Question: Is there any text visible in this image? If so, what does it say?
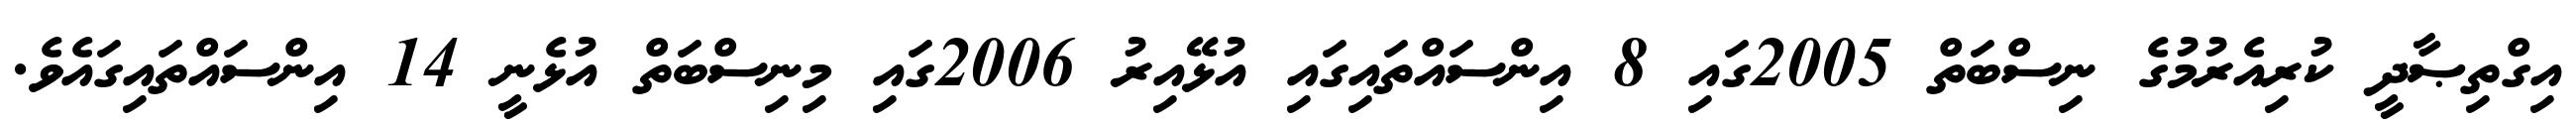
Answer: އިގްތިޞާދީ ކުރިއެރުމުގެ ނިސްބަތް 2005ގައި 8 އިންސައްތައިގައި އުޅޭއިރު 2006ގައި މިނިސްބަތް އުޅެނީ 14 އިންސައްތައިގައެވެ.